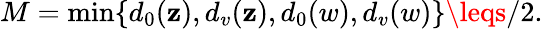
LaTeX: M=\operatorname*{min}\{ d_{0}(\mathbf{z}),d_{v}(\mathbf{z}),d_{0}(w),d_{v}(w)\} \leqs/2.